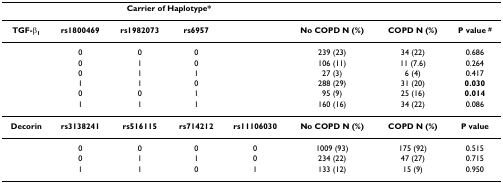
|  | <COLSPAN=4> Carrier of Haplotype* |  |  |  |
 | --- | --- | --- | --- | --- | --- | --- | --- |
 | TGF-β1 | rs1800469 | rs1982073 | rs6957 |  | No COPD N (%) | COPD N (%) | P value # |
 |  | 0 | 0 | 0 |  | 239 (23) | 34 (22) | 0.686 |
 |  | 0 | 1 | 0 |  | 106 (11) | 11 (7.6) | 0.264 |
 |  | 0 | 1 | 1 |  | 27 (3) | 6 (4) | 0.417 |
 |  | 1 | 1 | 0 |  | 288 (29) | 31 (20) | 0.030 |
 |  | 0 | 0 | 1 |  | 95 (9) | 25 (16) | 0.014 |
 |  | 1 | 1 | 1 |  | 160 (16) | 34 (22) | 0.086 |
 | Decorin | rs3138241 | rs516115 | rs714212 | rs11106030 | No COPD N (%) | COPD N (%) | P value |
 |  | 0 | 0 | 0 | 0 | 1009 (93) | 175 (92) | 0.515 |
 |  | 0 | 1 | 1 | 0 | 234 (22) | 47 (27) | 0.715 |
 |  | 1 | 1 | 0 | 1 | 133 (12) | 15 (9) | 0.950 |